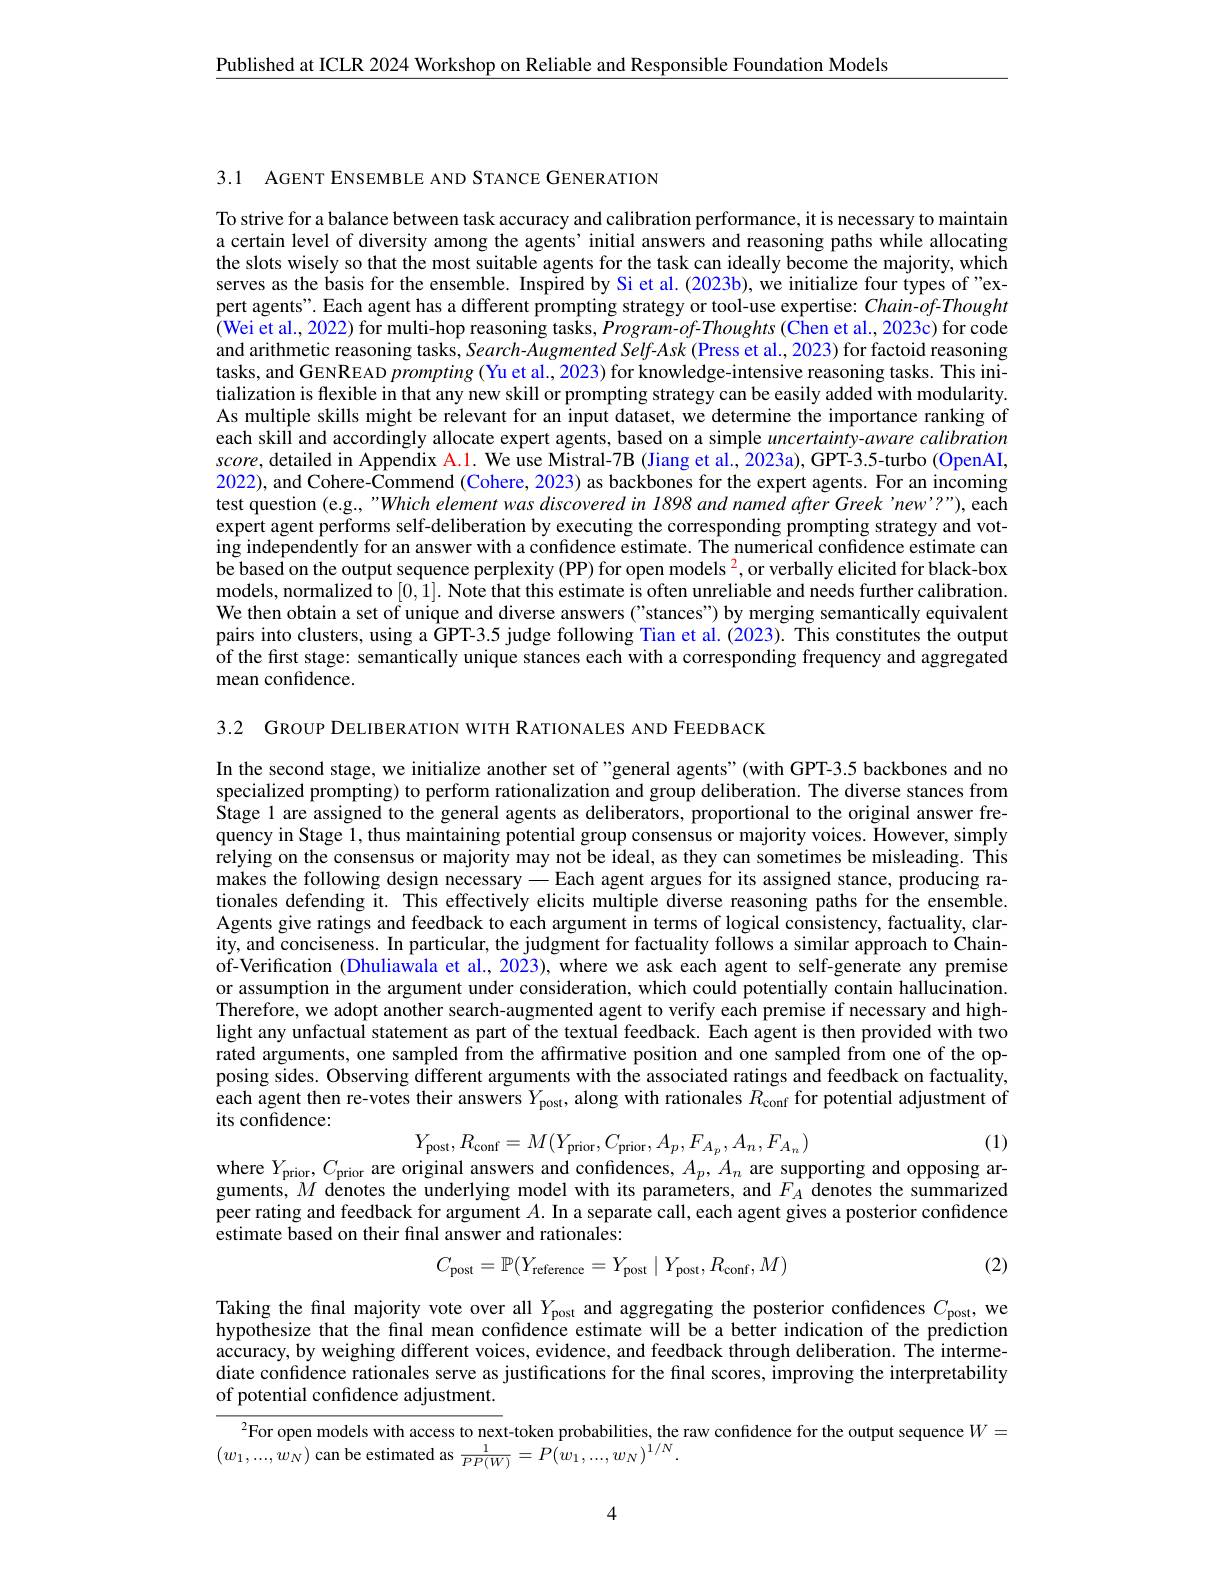
$\underline{\text{Published at ICLR 2024 Workshop on Reliable and Responsible Foundation Models}}$

3.1 AGENT ENSEMBLE AND STANCE GENERATION

To strive for a balance between task accuracy and calibration performance, it is necessary to maintain a certain level of diversity among the agents’initial answers and reasoning paths while allocating the slots wisely so that the most suitable agents for the task can ideally become the majority, which serves as the basis for the ensemble. Inspired by Si et al. (2023b), we initialize four types of "expert agents". Each agent has a different prompting strategy or tool-use expertise: Chain-of-Thought (Wei et al., 2022) for multi-hop reasoning tasks, Program-of-Thoughts(Chen et al., 2023c) for code and arithmetic reasoning tasks, Search-Augmented Self-Ask (Press et al., 2023) for factoid reasoning tasks, and GENREAD prompting (Yu et al., 2023) for knowledge-intensive reasoning tasks. This initialization is flexible in that any new skill or prompting strategy can be easily added with modularity. As multiple skills might be relevant for an input dataset, we determine the importance ranking of each skill and accordingly allocate expert agents, based on a simple $uncertainty-aware$ calibration $score$, detailed in Appendix A.1. We use Mistral-7B (Jiang et al., 2023a), GPT-3.5-turbo (OpenAI, 2022), and Cohere-Commend (Cohere, 2023) as backbones for the expert agents. For an incoming test question (e.g, "Which element was discovered in 1898 and named after Greek 'new'?"), each expert agent performs self-deliberation by executing the corresponding prompting strategy and vot- $\hat{\text{ing independently for an answer with a confidence estimate. The numerical confidence estimate can}}$ be based on the output sequence perplexity (PP) for open models $^2$,or verbally elicited for black-box models, normalized to$\left [ 0, 1\right ] . \textbf{Note that this estimate is often unreliable and needs further calibration. }$ models, normalized to$\left [ 0, 1\right ] . \textbf{Note that this estimate is often unreliable and needs further Calibration. }$ We then obtain a set of unique and diverse answers ("stances") by merging semantically equivalent pairs into clusters, using a GPT-3.5 judge following Tian et al. (2023). This constitutes the output of the first stage: semantically unique stances each with a corresponding frequency and aggregated mean confidence.

3.2 GROUP DELIBERATION WITH RATIONALES AND FEEDBACK

In the second stage, we initialize another set of "general agents"(with GPT-3.5 backbones and no specialized prompting) to perform rationalization and group deliberation. The diverse stances from Stage l are assigned to the general agents as deliberators, proportional to the original answer frequency in Stage 1, thus maintaining potential group consensus or majority voices. However, simply relying on the consensus or majority may not be ideal, as they can sometimes be misleading. This makes the following design necessary -Each agent argues for its assigned stance, producing rationales defending it. This effectively elicits multiple diverse reasoning paths for the ensemble Agents give ratings and feedback to each argument in terms of logical consistency, factuality, clarity, and conciseness. In particular, the judgment for factuality follows a similar approach to Chainof-Verification (Dhuliawala et al., 2023), where we ask each agent to self-generate any premise or assumption in the argument under consideration, which could potentially contain hallucination. Therefore, we adopt another search-augmented agent to verify each premise if necessary and highlight any unfactual statement as part of the textual feedback. Each agent is then provided with two rated arguments, one sampled from the affirmative position and one sampled from one of the opposing sides. Observing different arguments with the associated ratings and feedback on factuality, each agent then re-votes their answers $Y_\mathrm{post}$, along with rationales $R_\mathrm{conf}$ for potential adjustment of its confidence:

(1)
$$Y_{\mathrm{post}},R_{\mathrm{conf}}=M(Y_{\mathrm{prior}},C_{\mathrm{prior}},A_{p},F_{A_{p}},A_{n},F_{A_{n}})$$
where $Y_{\mathrm{prior}},C_{\mathrm{prior}}$ are original answers and confidences, $A_p,A_n$ are supporting and opposing ar-

guments, $M$ denotes the underlying model with its parameters, and $F_A$ denotes the summarized peer rating and feedback for argument $A.$ In a separate call, each agent gives a posterior confidence estimate based on their final answer and rationales:
$$C_{\mathrm{post}}=\mathbb{P}(Y_{\mathrm{reference}}=Y_{\mathrm{post}}\mid Y_{\mathrm{post}},R_{\mathrm{conf}},M)$$
(2)

Taking the final majority vote over all $Y_{\mathrm{post}}$ and aggregating the posterior confidences $C_\mathrm{post}$, we hypothesize that the final mean confidence estimate will be a better indication of the prediction accuracy, by weighing different voices, evidence, and feedback through deliberation. The intermediate confidence rationales serve as justifications for the final scores, improving the interpretability of potential confidence adjustment.

$^{2}$For open models with access to next-token probabilities, the raw confidence for the output sequence $W=$
$(w_{1},...,w_{N})$ can be estimated as $\frac1{PP(W)}=P(\dot{w_{1}},...,w_{N})^{\acute{1}/N}.$

4